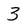
Character: 3